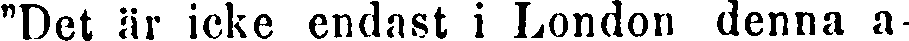
"Det är icke endast i London denna a-